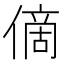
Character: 㒀